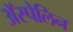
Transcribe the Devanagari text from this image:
अॅस्पेलिन